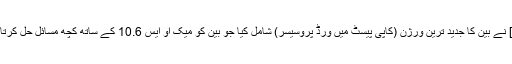
[موڈ] نے بین کا جدید ترین ورژن (کاپی پیسٹ میں ورڈ پروسیسر) شامل کیا جو بین کو میک او ایس 10.6 کے ساتھ کچھ مسائل حل کرتا ہے۔